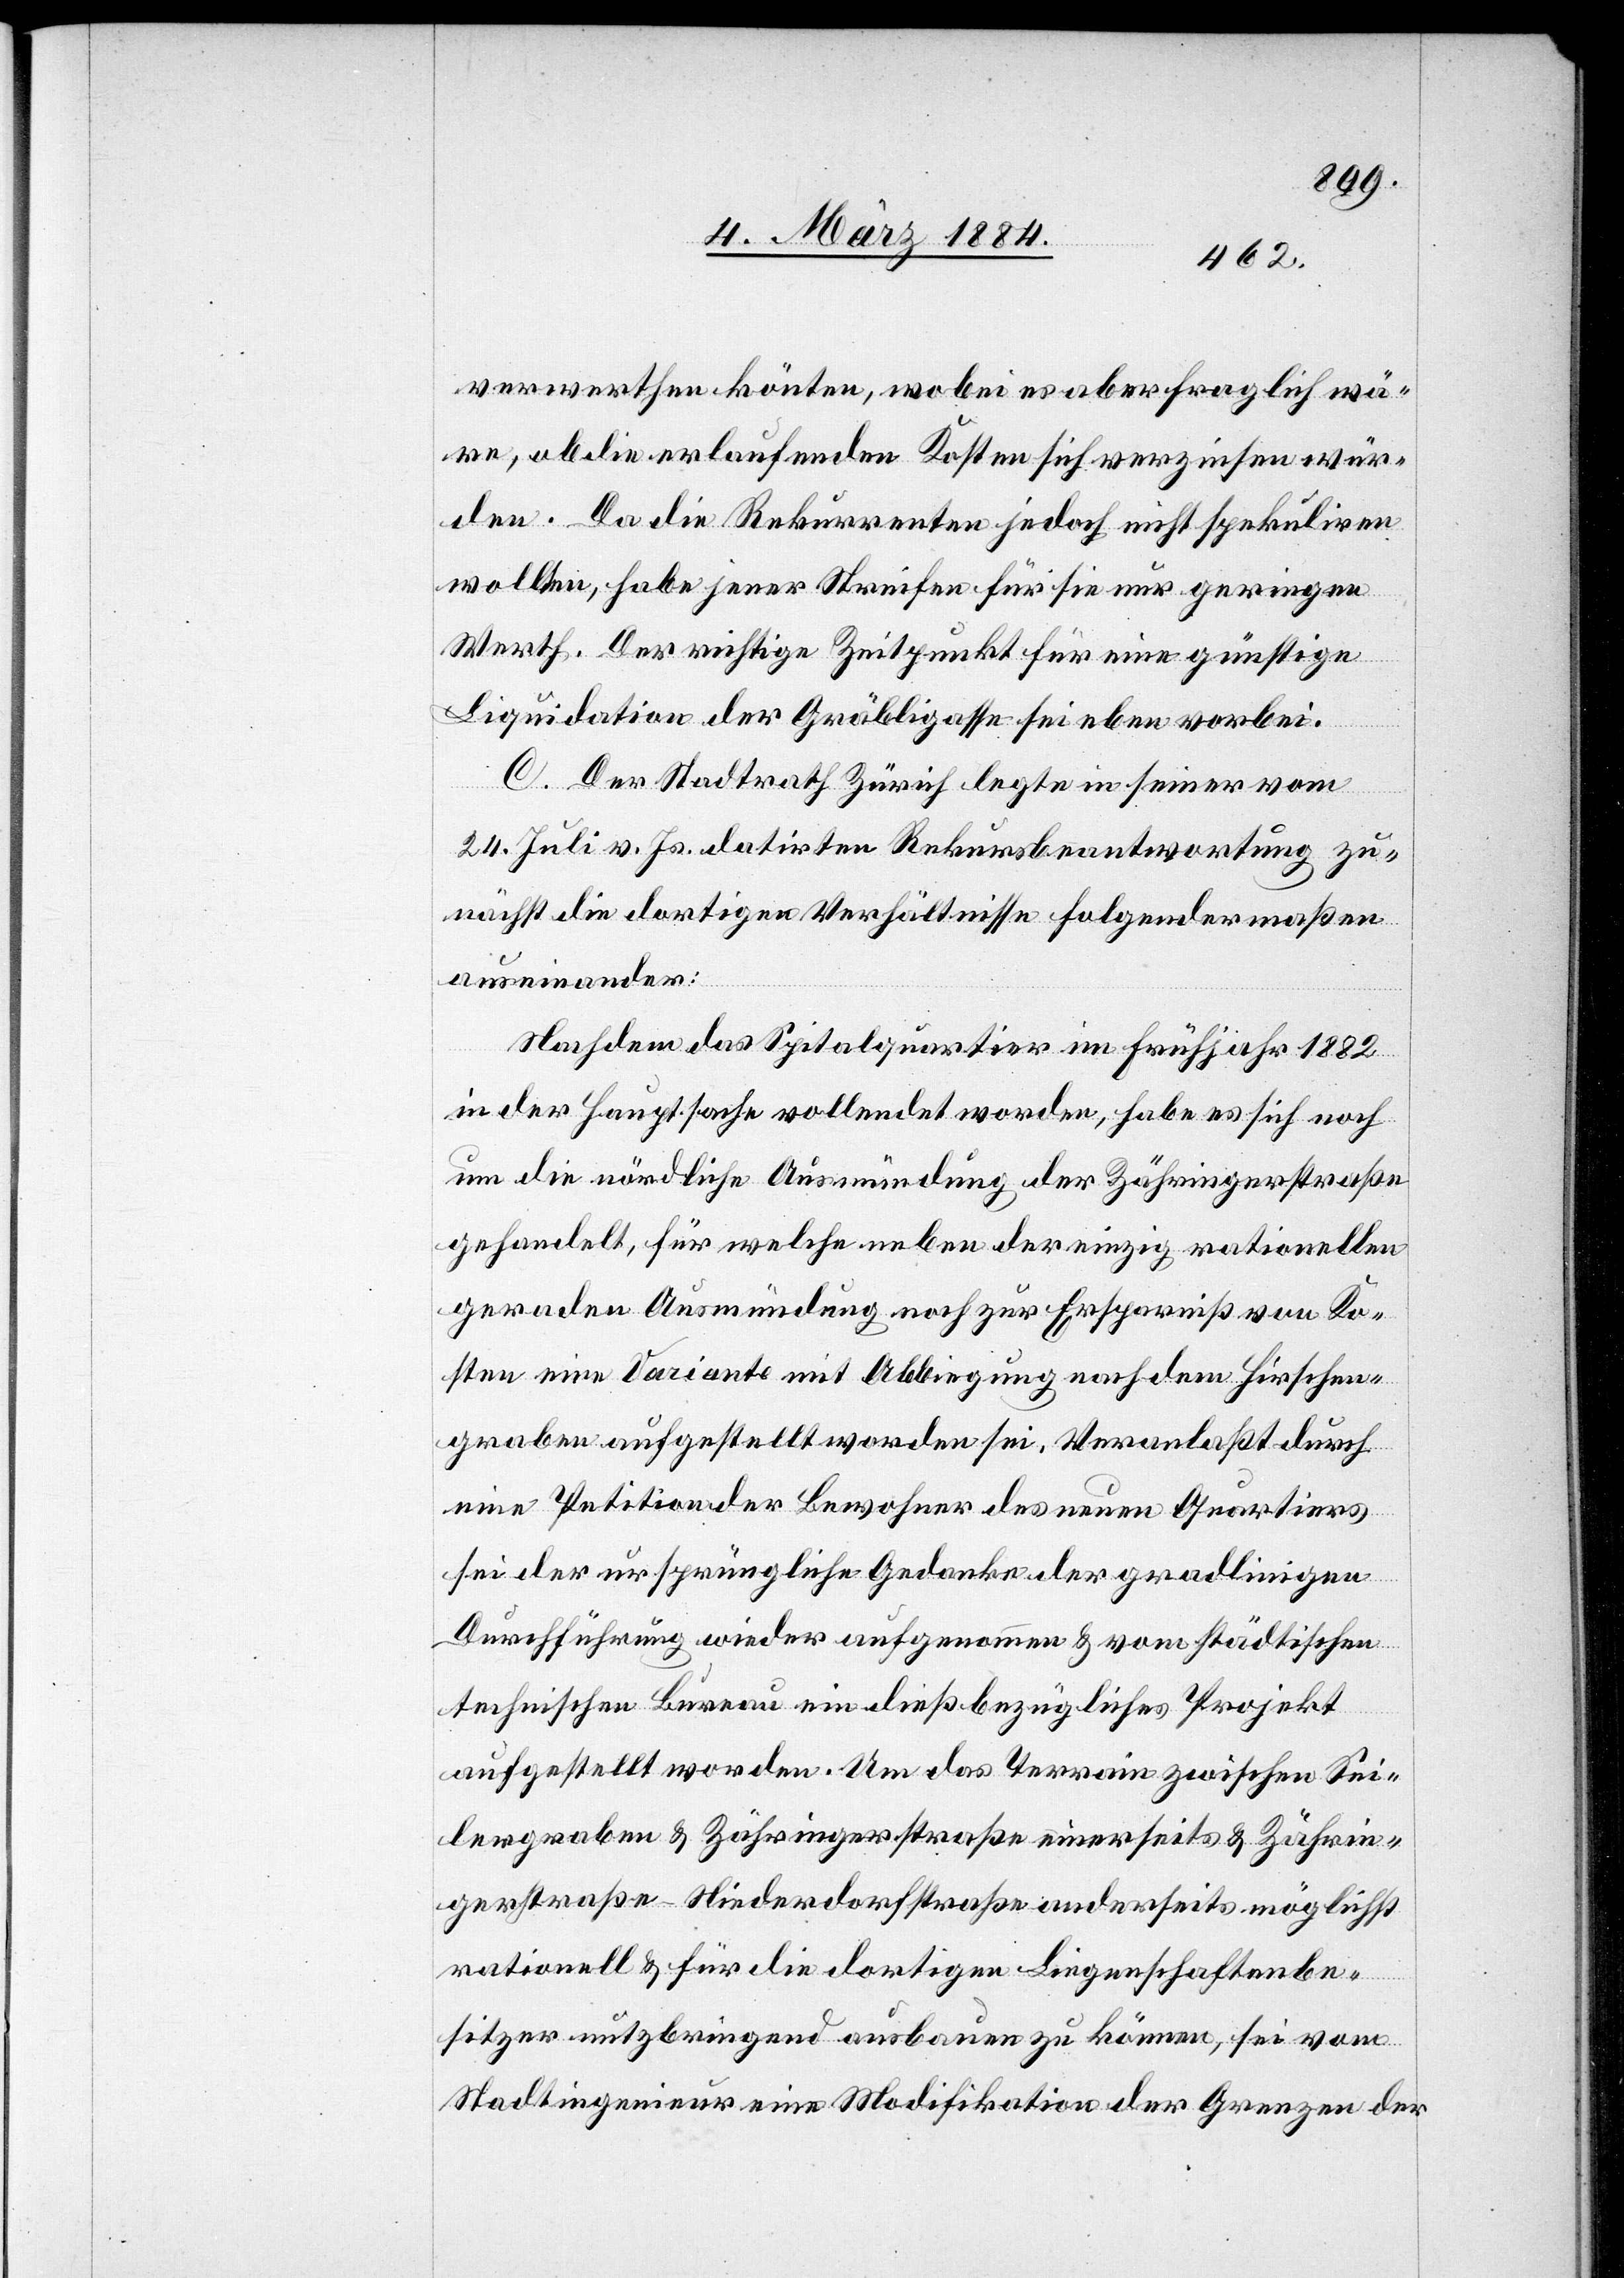
verwerthen könten [sic!], wobei es aber fraglich wä¬
re, ob die erlaufenden Kosten sich verzinsen wür¬
den. Da die Rekurrenten jedoch nicht spekuliren
wollten, habe jener Streifen für sie nur geringen
Werth. Der richtige Zeitpunkt für eine günstige
Liquidation der Gräbligasse sei eben vorbei.
C. Der Stadtrath Zürich leget in seiner vom
24. Juli v. Js. datirten Rekursbeantwortung zu¬
nächst die dortigen Verhältnisse folgendermaßen
auseinander:
Nachdem das Spitalquartier im Frühjahr 1882
in der Hauptsache vollendet worden, habe es sich noch
um die nördliche Ausmündung der Zähringerstraße
gehandelt, für welche neben der einzig rationellen
geraden Ausmündung noch zur Ersparniß von Ko¬
sten eine Variante mit Abbiegung nach dem Hirschen¬
graben aufgestellt worden sei. Veranlaßt durch
eine Petition der Bewohner des neuen Quartiers
sei der ursprüngliche Gedanken der gradlinigen
Durchführung wieder aufgenommen & vom städtischen
technischen Bureau ein dießbezügliches Projekt
aufgestellt worden. Um das Terrain zwischen Sei¬
lergraben & Zähringerstraße einerseits & Zährin¬
gerstraße–Niederdorfstraße anderseits möglichst
rationell & für die dortigen Liegenschaftenbe¬
sitzer nutzbringend ausbauen zu können, sei vom
Stadtingenieur eine Modifikation der Grenzen der